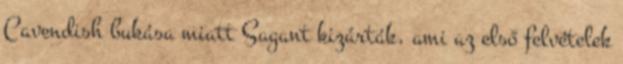
Cavendish bukása miatt Sagant kizárták, ami az első felvételek